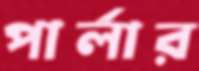
পার্লার